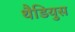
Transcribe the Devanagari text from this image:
थैडियुस